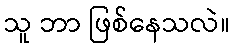
သူ ဘာ ဖြစ်နေသလဲ။